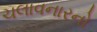
ચલાવનારનો